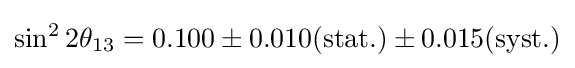
\sin ^{2}2\theta _{13}=0.100\pm 0.010({\rm {stat.}})\pm 0.015({\rm {syst.}})